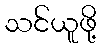
သင်ယူဖို့